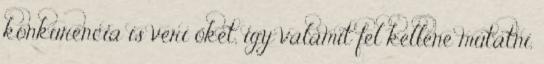
konkurencia is veri őket, így valamit fel kellene mutatni,